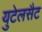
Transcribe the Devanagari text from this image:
युटेलसैट